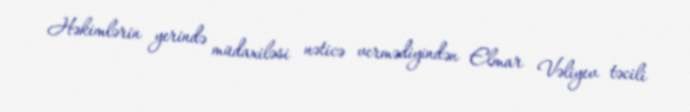
Həkimlərin yerində müdaxiləsi nəticə vermədiyindən Elmar Vəliyev təcili